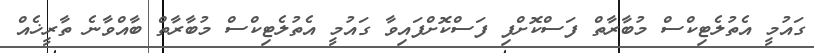
ގައުމީ އެތުލެޓިކްސް މުބާރާތް ފަސްކޮށްފި ފަސްކޮށްފައިވާ ގައުމީ އެތުލެޓިކްސް މުބާރާތް ބާއްވާނެ ތާރީޚެއް